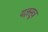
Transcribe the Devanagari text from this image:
यज्ञसूत्र